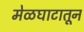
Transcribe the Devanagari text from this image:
मेळघाटातून